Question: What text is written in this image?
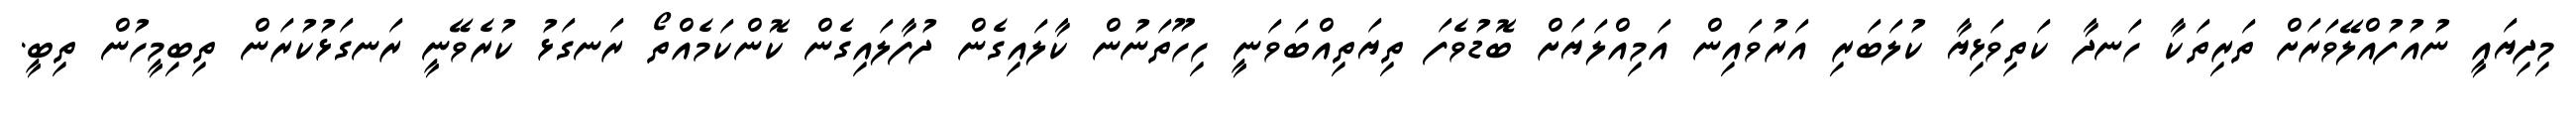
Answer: މިދިޔައީ ނުއުފުއްލޭވަރަށް ތަރިތަކާ ހަނދާ ކަތިވަޅިޔާ ކުލަބަރި އަރުވައިން އަމިއްލަޔަށް ބޮޑުވެފަ ތިޔަތިއްބަވަނީ ހިހޫތަނުން ކާލައިގެން ދުފާލައިގެން ކޮންކަމެއްތޯ ރަނގަޅު ކުރެވޭނީ ރަނގަޅުކުރަން ތިބިމީހުން ތިބީ.